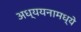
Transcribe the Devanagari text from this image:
अध्ययनामध्ये